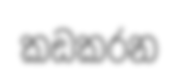
කඩකරන